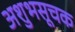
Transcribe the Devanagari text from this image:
अशुभसूचक